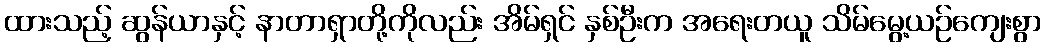
ထားသည့် ဆွန်ယာနှင့် နာတာရှာတို့ကိုလည်း အိမ်ရှင် နှစ်ဦးက အရေးတယူ သိမ်မွေ့ယဉ်ကျေးစွာ